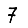
Digit: 7